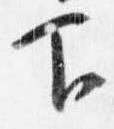
下